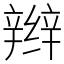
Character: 辫